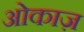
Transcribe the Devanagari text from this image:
ओकाज़